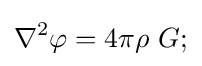
\nabla ^{2}\varphi =4\pi \rho \ G;